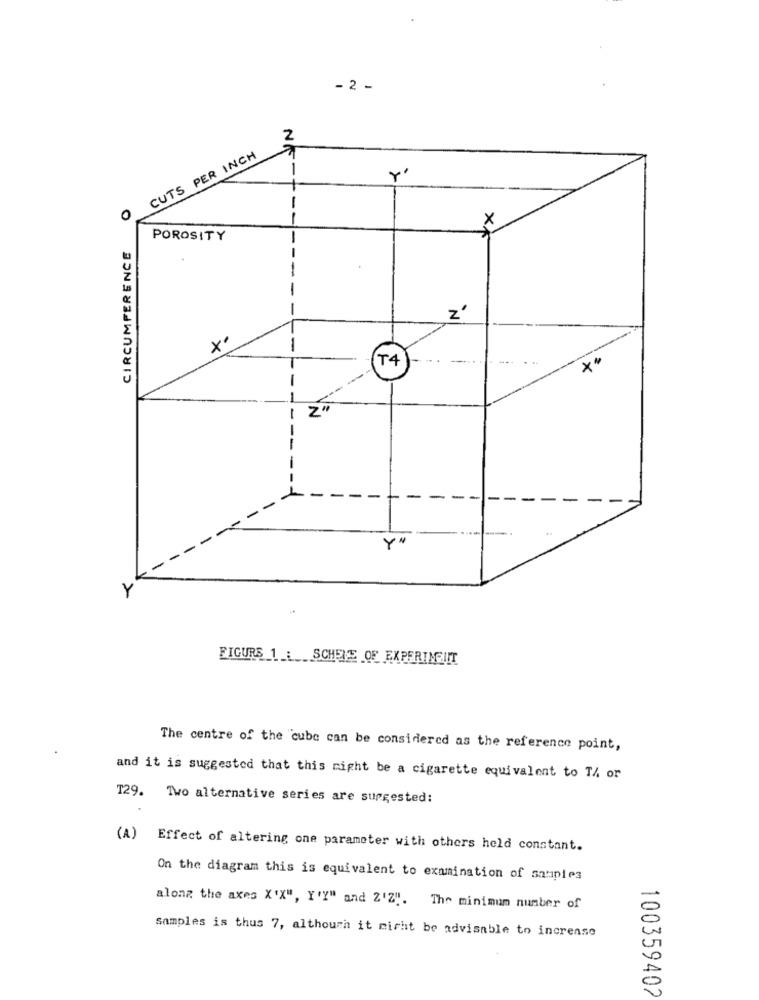
- 2 -
2
CUTS PER INCH
0
X
CIRCUMFERENCE
POROSITY
-
z'
×
-
T4
-
-
-
Y"
Y
FIGURS 1 : SCHEVE OF EXPERINEIIT
The centre of the cube can be considered as the reference point,
and it is suggested that this might be a cigarette equivalent to TA or
T29. Two alternative series are suggested:
(A)
Effect of altering one parameter with others held constant.
On the diagram this is equivalent to examination of samples
along the axes X'X", Y'Y" and Z'Z'. The minimum number of
Samples is thus 7, although it nicht be advisable to increase
100359402